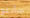
سأدعو